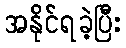
အနိုင်ရခဲ့ပြီး